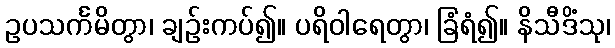
ဥပသင်္ကမိတွာ၊ ချဉ်းကပ်၍။ ပရိဝါရေတွာ၊ ခြံရံ၍။ နိသီဒိံသု၊